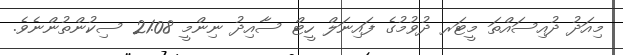
މިއަދު ދުއިސައްތަ މީޓަރ ދުވުމުގެ ފައިނަލް ހީޓް ސާއިދު ނިންމީ 21.08 ސިކުންތުންނެވެ.